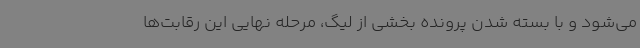
می‌شود و با بسته شدن پرونده بخشی از لیگ، مرحله نهایی این رقابت‌ها